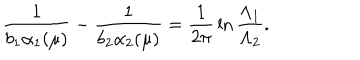
\frac { 1 } { b _ { 1 } \alpha _ { 1 } ( \mu ) } - \frac { 1 } { b _ { 2 } \alpha _ { 2 } ( \mu ) } = \frac { 1 } { 2 \pi } \, \ln \frac { \Lambda _ { 1 } } { \Lambda _ { 2 } } .